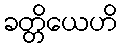
ခတ္တိယေဟိ